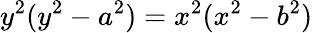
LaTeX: y^{2}(y^{2}-a^{2})=x^{2}(x^{2}-b^{2})